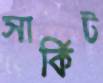
সার্কিট